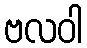
ဗလဝါ